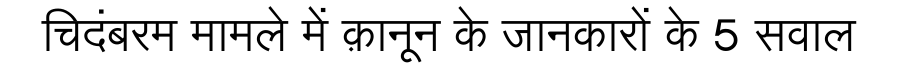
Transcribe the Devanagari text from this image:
चिदंबरम मामले में क़ानून के जानकारों के 5 सवाल